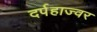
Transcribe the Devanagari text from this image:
दर्पहाज्वर